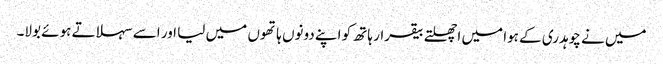
میں نے چوہدری کے ہوا میں اچھلتے بیقرار ہاتھ کو اپنے دونوں ہاتھوں میں لیا اور اسے سہلاتے ہوئے بولا۔